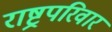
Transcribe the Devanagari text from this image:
राष्ट्रपरिवार